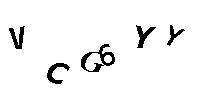
VCG6YY